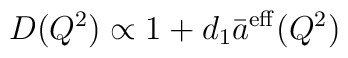
D(Q^2)\propto 1+d_1\bar{a}^{\rm eff}(Q^2)